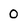
Character: 0